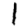
Digit: 1